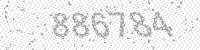
Solution: 886784